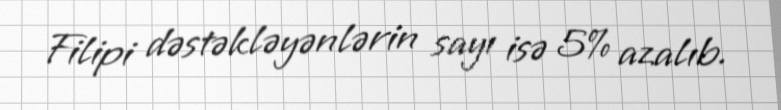
Filipi dəstəkləyənlərin sayı isə 5% azalıb.